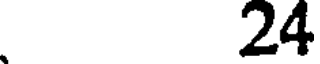
24